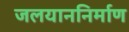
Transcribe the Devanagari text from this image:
जलयाननिर्माण